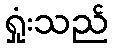
ရှုံးသည်